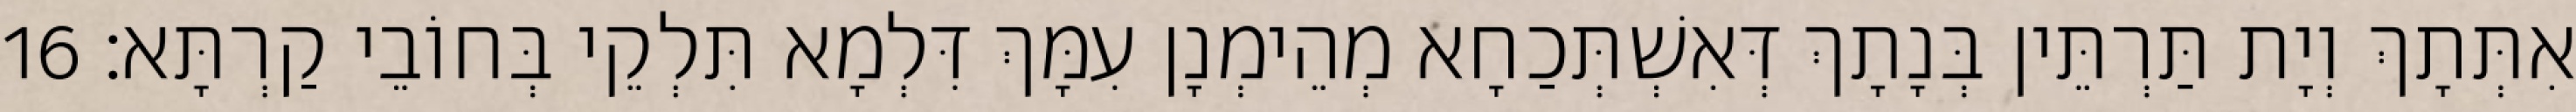
אִתְּתָךְ וְיָת תַּרְתֵּין בְּנָתָךְ דְּאִשְׁתְּכַחָא מְהֵימְנָן עִמָּךְ דִּלְמָא תִּלְקֵי בְּחוֹבֵי קַרְתָּא׃ 16